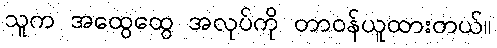
သူက အထွေထွေ အလုပ်ကို တာဝန်ယူထားတယ်။